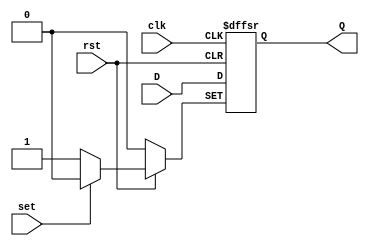
module DFF_posedge(D,clk,rst,set,Q);
  input D,clk,rst,set;
  output reg Q;
  always @(posedge clk or negedge rst or negedge set) begin    // Try removing "negedge rst" and/or "negedge set" from the sensitivity list and observe circuit behaviour 
    if(rst==1'b0)
      Q<=1'b0;
    else if(set==1'b0)
      Q<=1'b1;
    else
      Q<=D;
  end
endmodule